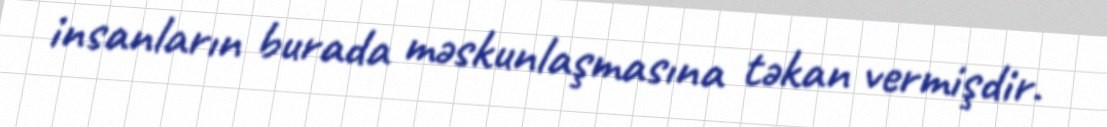
insanların burada məskunlaşmasına təkan vermişdir.